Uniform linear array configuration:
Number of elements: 48
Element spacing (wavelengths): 1
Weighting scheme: cosine
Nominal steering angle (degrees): -60
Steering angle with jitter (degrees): -60.847
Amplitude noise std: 0.05
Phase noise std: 0.05

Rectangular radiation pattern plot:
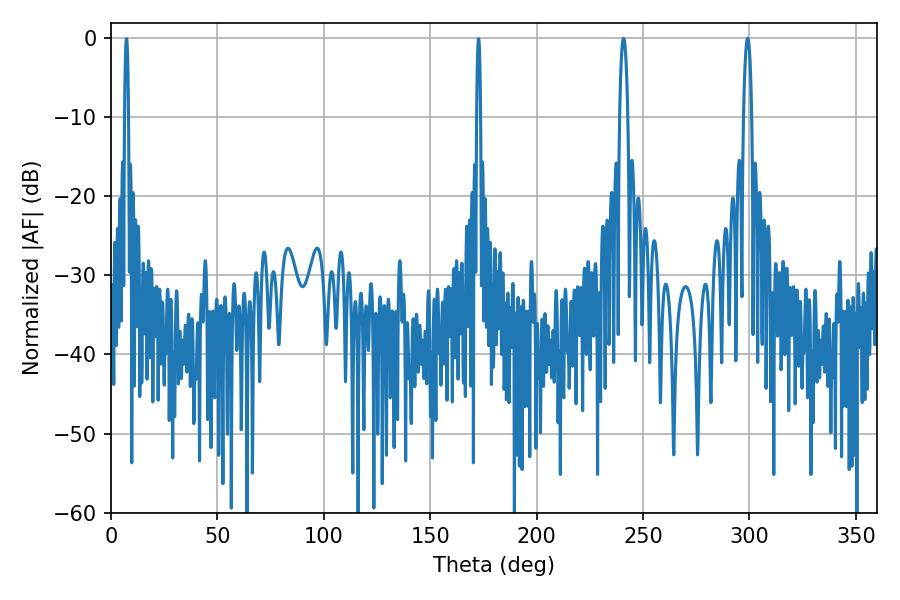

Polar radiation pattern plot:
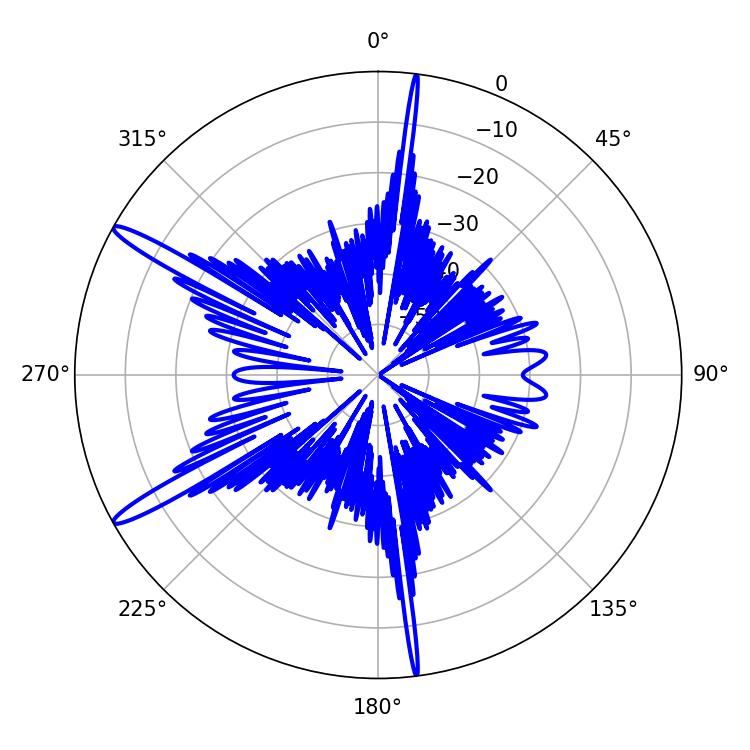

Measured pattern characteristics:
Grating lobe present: TRUE
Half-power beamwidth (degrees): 2.16
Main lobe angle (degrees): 240.84